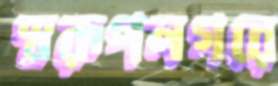
স্বরূপনগরে